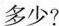
多少？